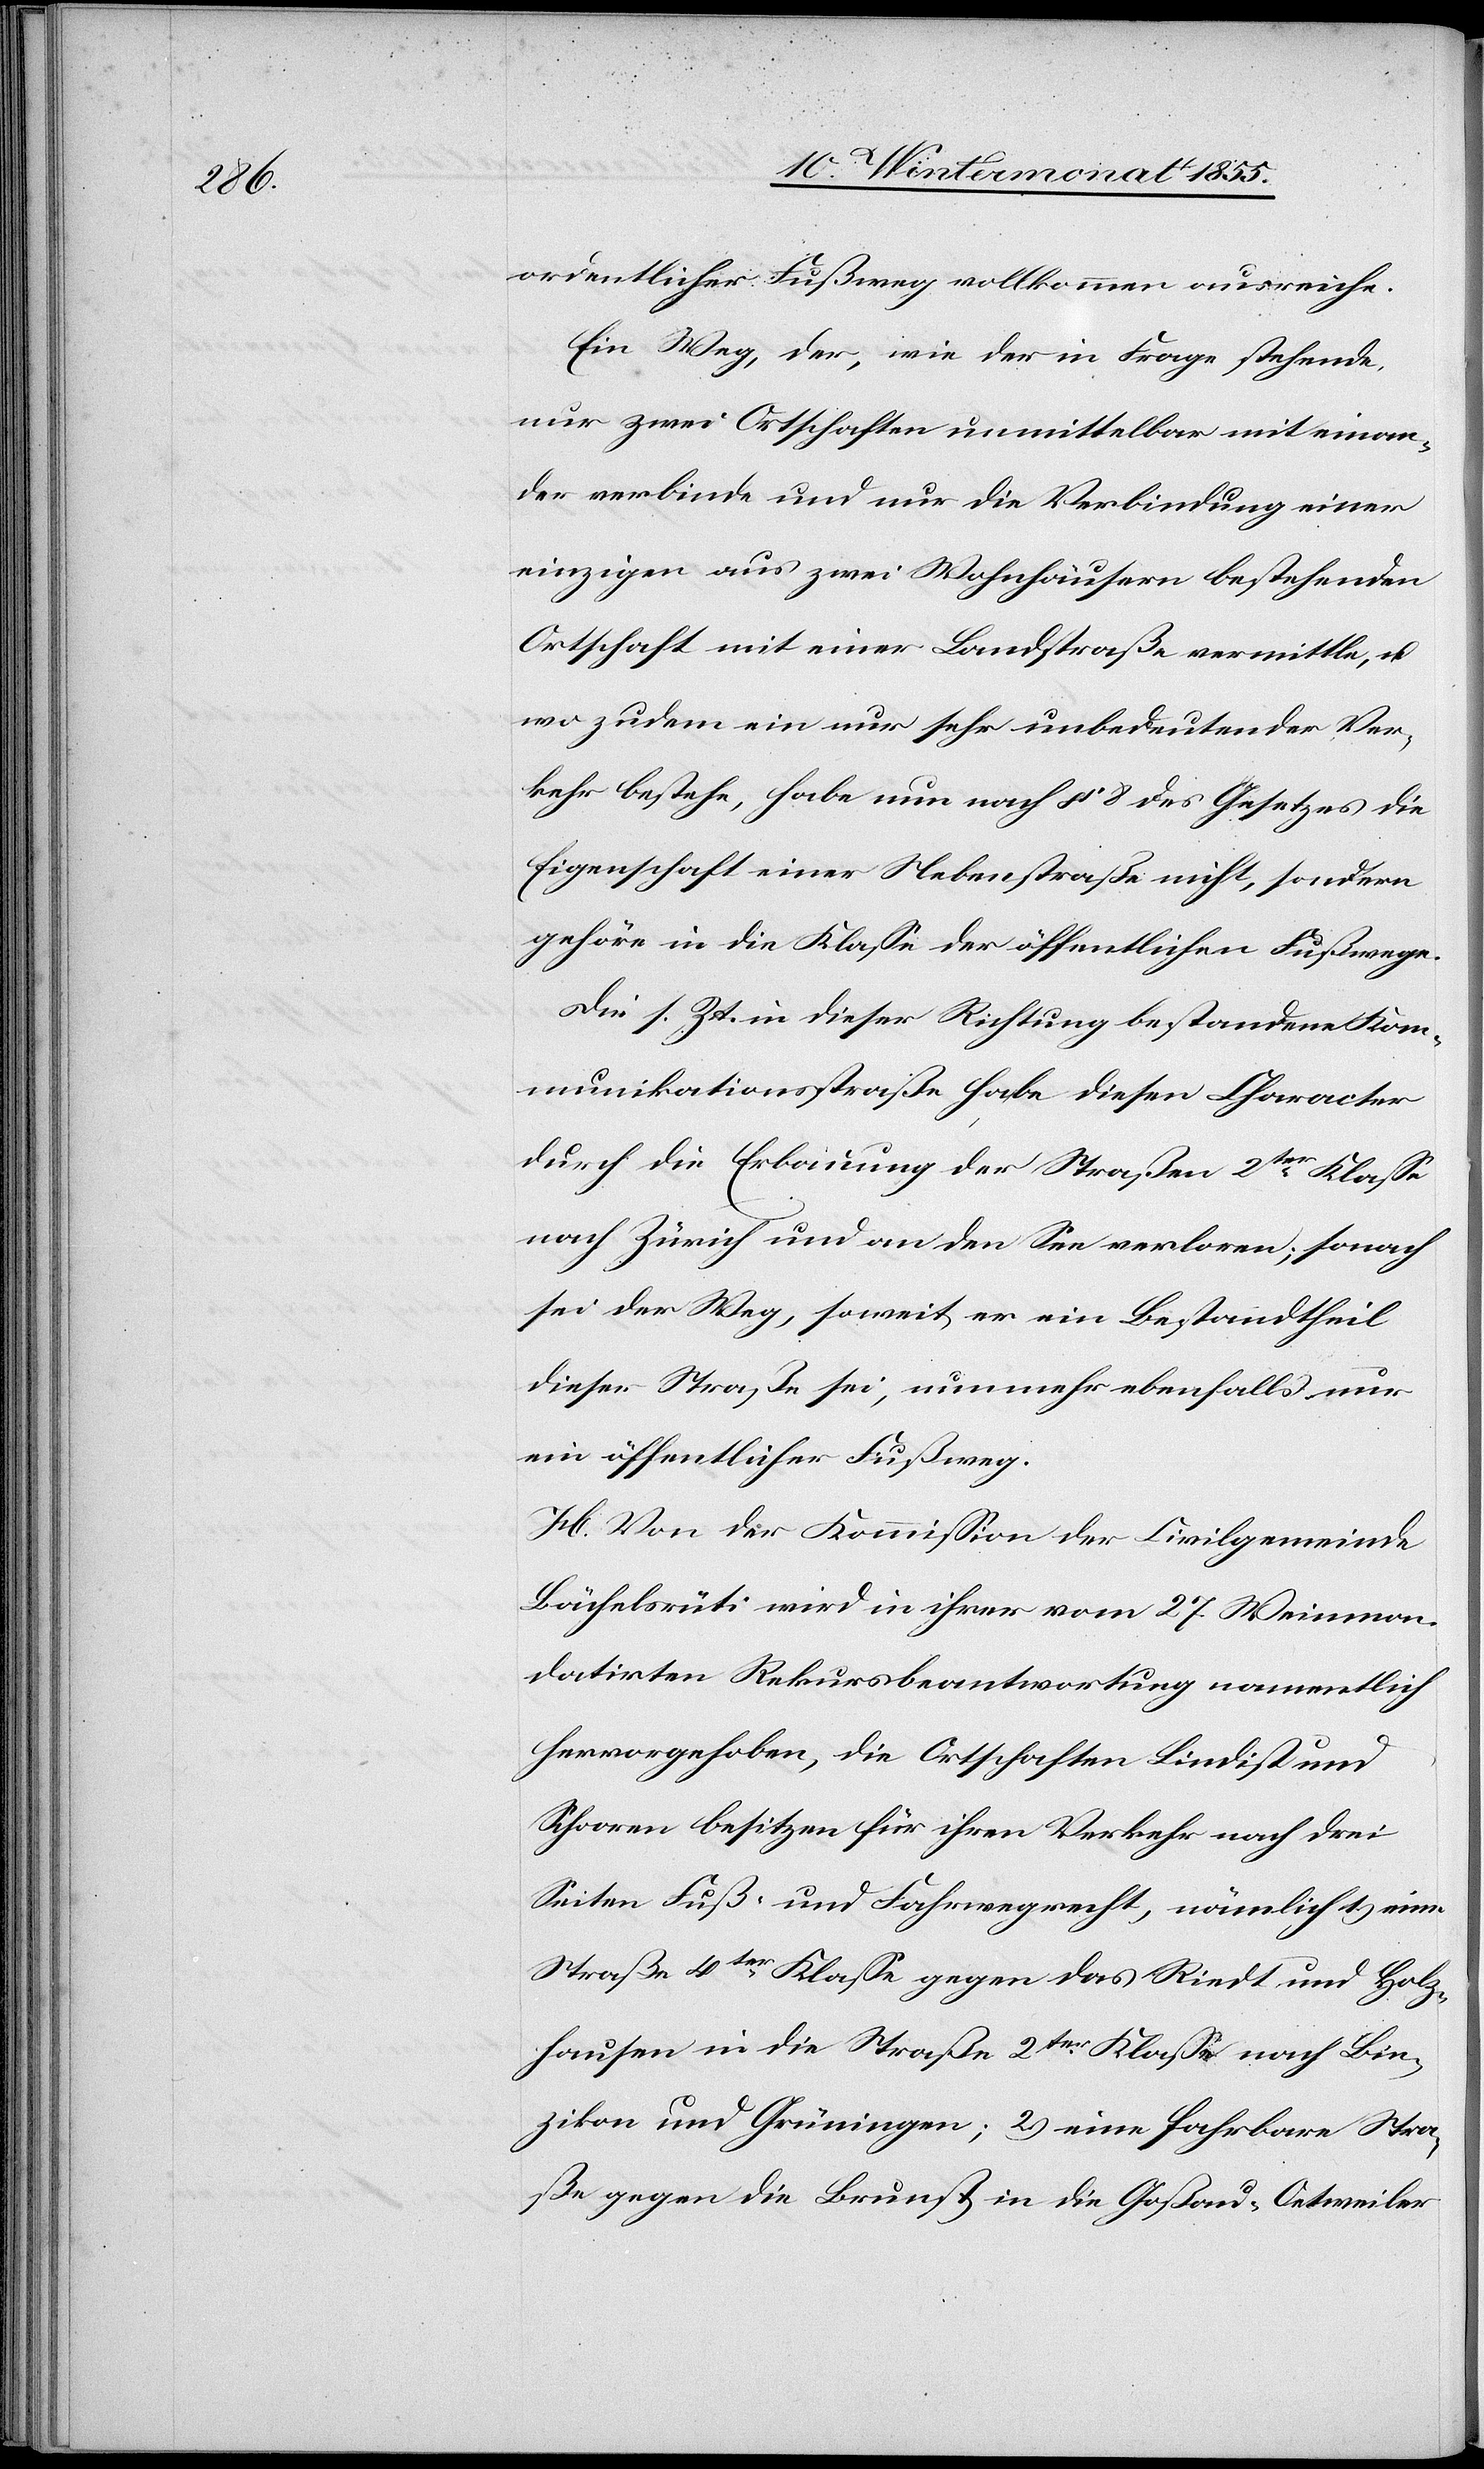
ordentlicher Fußweg vollkommen ausreiche.
Ein Weg, der, wie der in Frage stehende,
nur zwei Ortschaften unmittelbar mit einan¬
der verbinde und nur die Verbindung einer
einzigen aus zwei Wohnhäusern bestehenden
Ortschaft mit einer Landstraße vermittle, u.
wo zudem ein nur sehr unbedeutender Ver¬
kehr bestehe, habe nun nach § 8 des Gesetzes die
Eigenschaft einer Nebenstraße nicht, sondern
gehöre in die Klasse der öffentlichen Fußwege.
Die s. Zt. in dieser Richtung bestandene Kom¬
munikationsstraße habe diesen Character
durch die Erbauung der Straßen 2ter Klasse
nach Zürich und an den See verloren; sonach
sei der Weg, soweit er ein Bestandtheil
dieser Straße sei, nunmehr ebenfalls nur
ein öffentlicher Fußweg.
H. Von der Kommission der Civilgemeinde
Bächelsrüti wird in ihrer vom 27. Weinmon.
datirten Rekursbeantwortung namentlich
hervorgehoben, die Ortschaften Lindist und
Schooren besitzen für ihren Verkehr nach drei
Seiten Fuß- und Fahrwegrecht, nämlich 1.) eine
Straße 4ter Klasse gegen das Riedt und Holz¬
hausen in die Straße 2ter Klasse nach Bin¬
zikon und Grüningen; 2.) eine fahrbare Stra¬
ße gegen die Brunst in die Goßau-Oetweiler